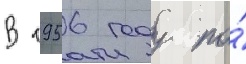
В 1956 году по́